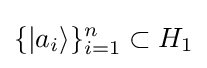
\{|{a_{i}}\rangle \}_{i=1}^{n}\subset H_{1}